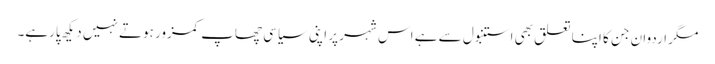
مگر اردوان جن کا اپنا تعلق بھی استنبول سے ہے اس شہر پر اپنی سیاسی چھاپ کمزور ہوتے نہیں دیکھ پارہے۔